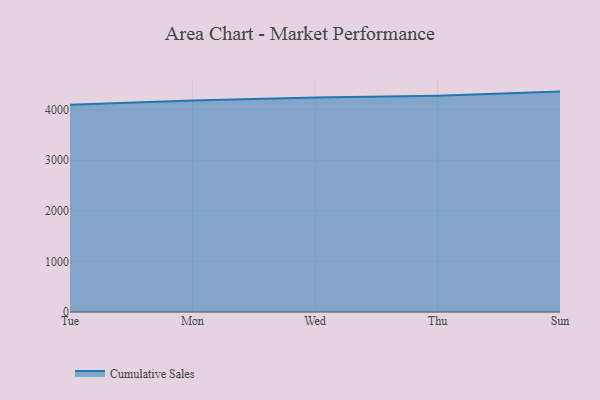
{"axis": {"x": "Day", "y": "Headcount"}, "legend": ["Cumulative Sales"], "data": [{"x": "Tue", "y": 4095.7, "type": "Cumulative Sales"}, {"x": "Mon", "y": 4184.0, "type": "Cumulative Sales"}, {"x": "Wed", "y": 4243.1, "type": "Cumulative Sales"}, {"x": "Thu", "y": 4277.5, "type": "Cumulative Sales"}, {"x": "Sun", "y": 4358.0, "type": "Cumulative Sales"}]}